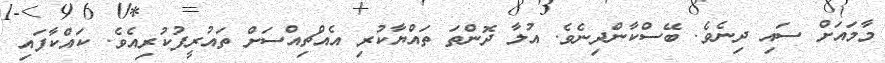
މާމައަށް ސައި ދިނެވެ. ބޭސްކާންދިނެވެ. އުލާ ދޮންތަ ތައްޔާކުރި އެއްޗިއްސަށް ތައުރީފުކުރިއެވެ. ކައްކާފައި